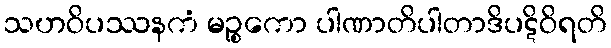
သဟဝိပဿနကံ မဉ္စကော ပါဏာတိပါတာဒိပဋိဝိရတိ